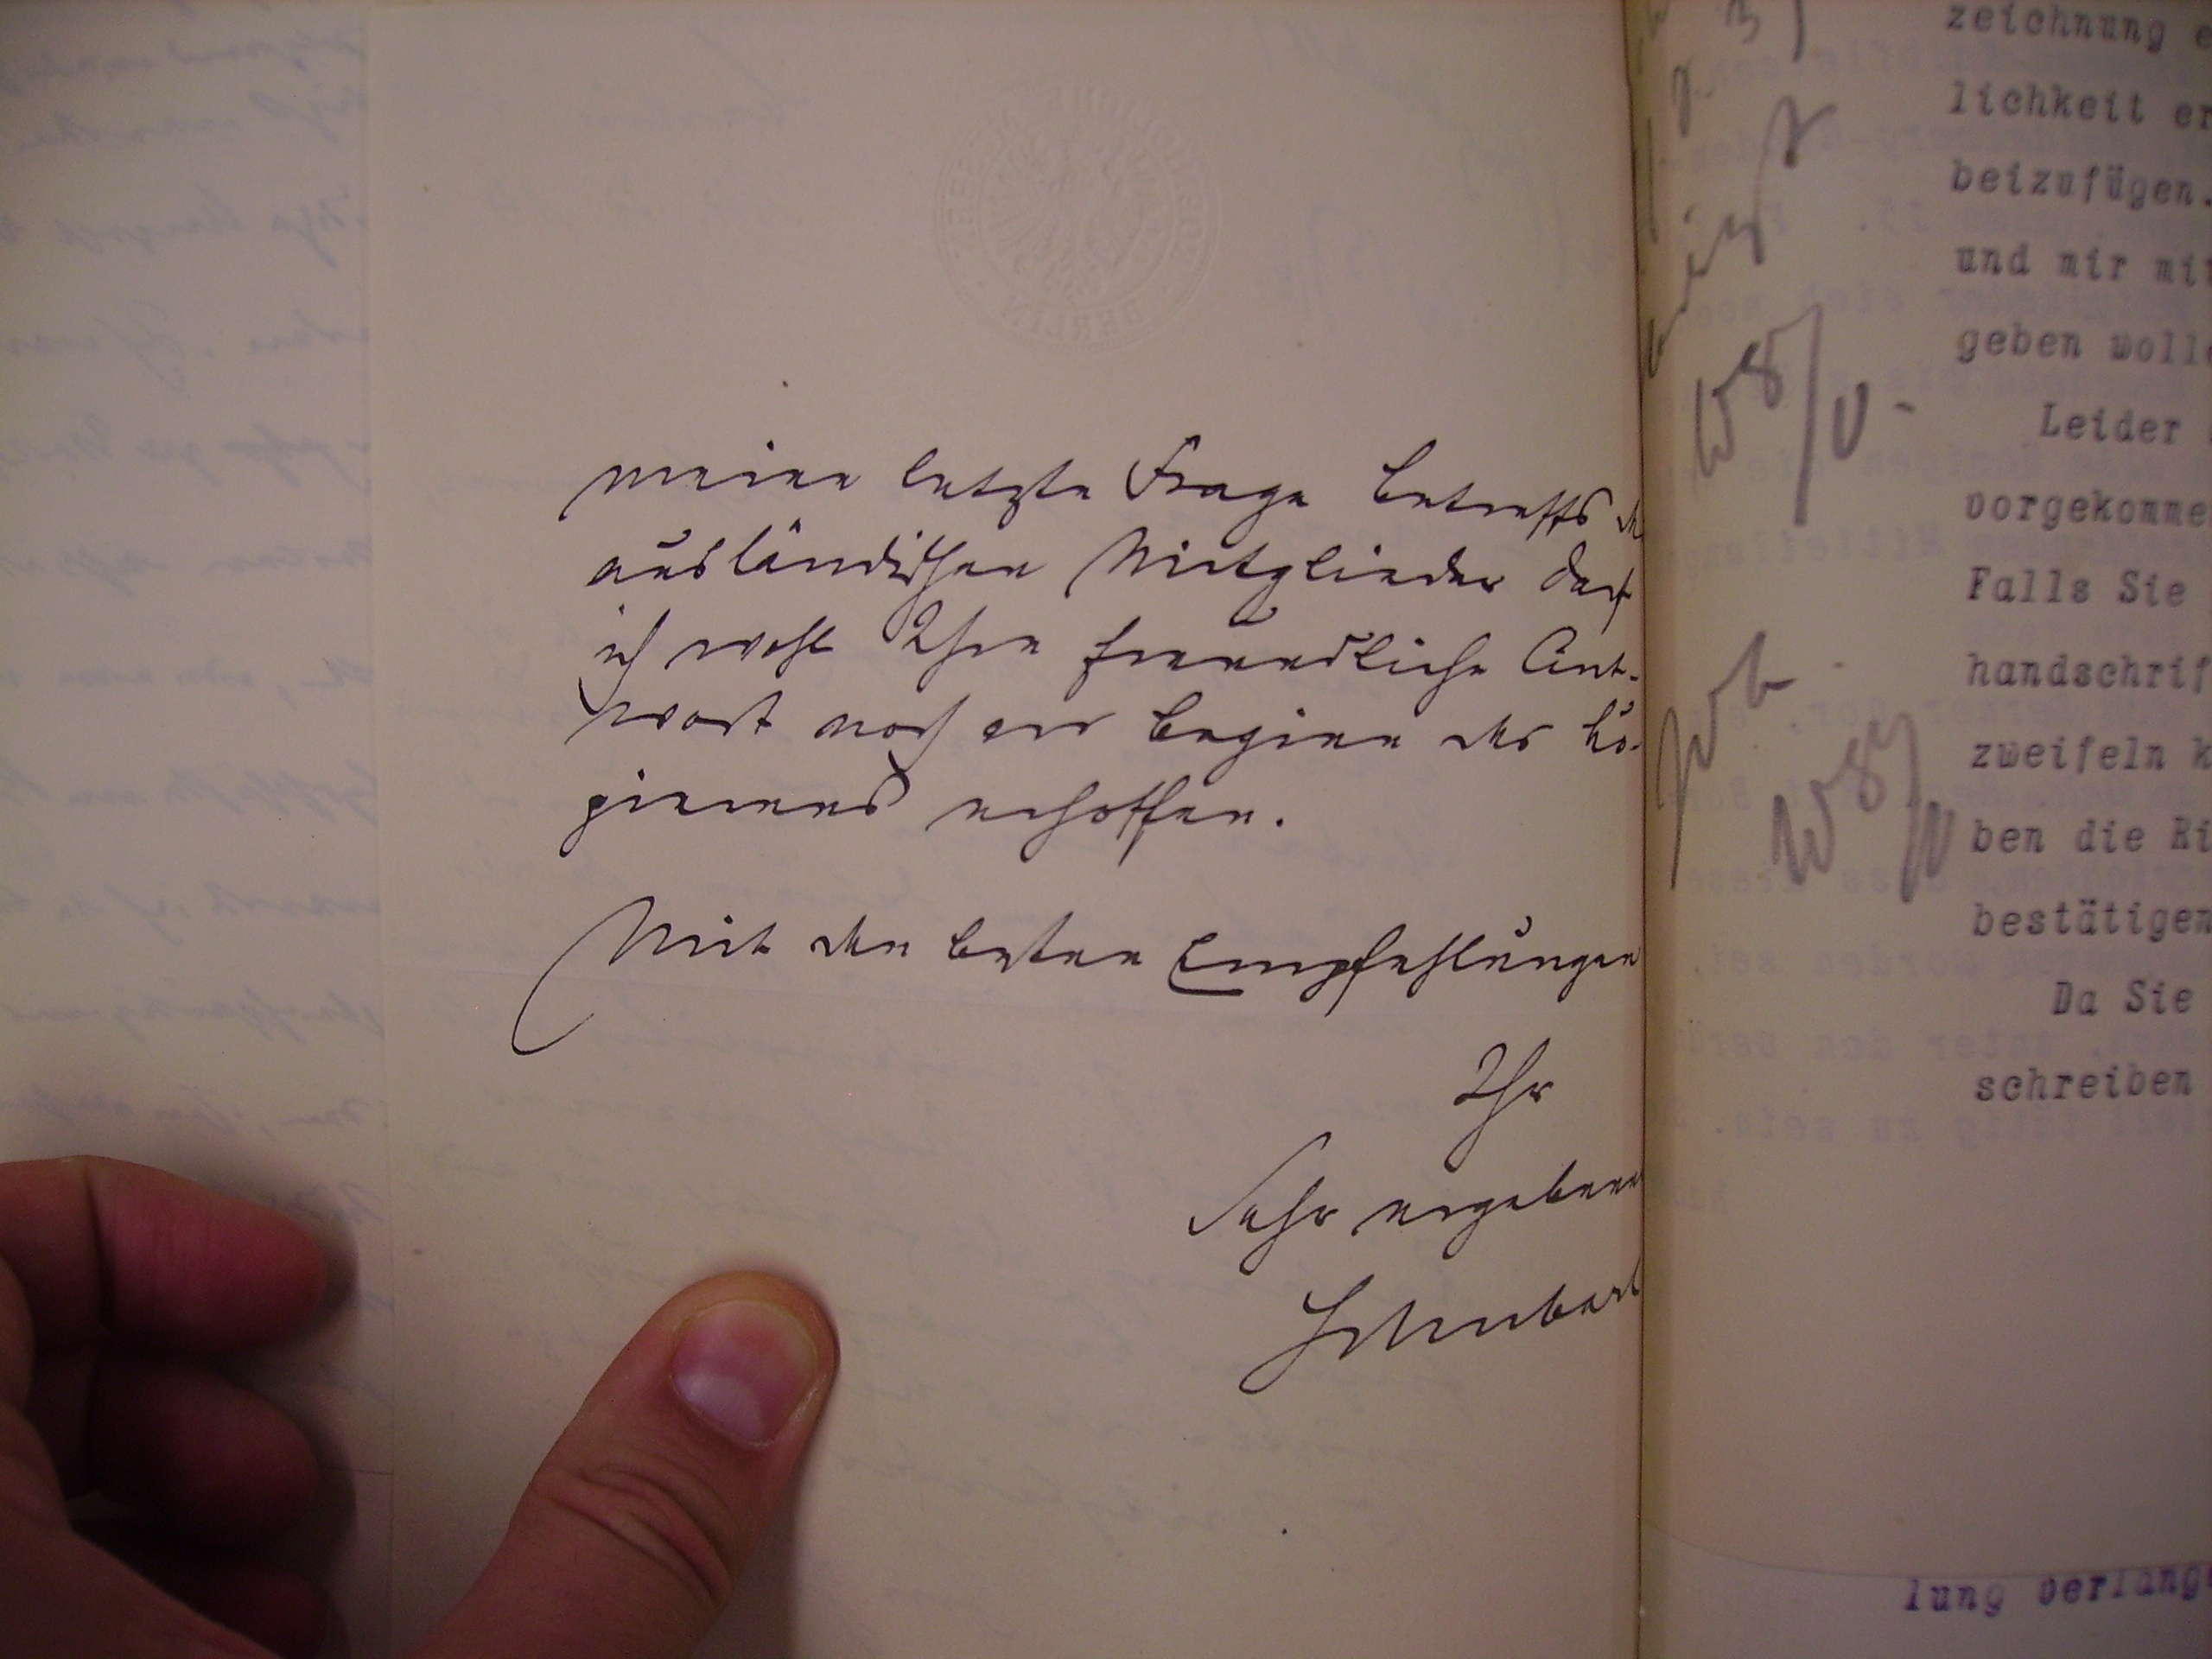
meine letzte Frage betreffs der
ausländischen Mitglieder darf
ich wohl Ihre freundliche Ant¬
wort noch vor Beginn des Co¬
pierens erhoffen.
Mit den besten Empfehlungen
Ihr
sehr ergebener
Schubart